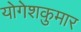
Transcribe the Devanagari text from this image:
योगेशकुमार